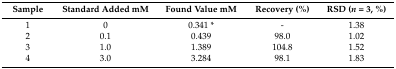
| Sample | Standard Added mM | Found Value mM | Recovery (%) | RSD (n = 3, %) |
 | --- | --- | --- | --- | --- |
 | 1 | 0 | 0.341 * | - | 1.38 |
 | 2 | 0.1 | 0.439 | 98.0 | 1.02 |
 | 3 | 1.0 | 1.389 | 104.8 | 1.52 |
 | 4 | 3.0 | 3.284 | 98.1 | 1.83 |